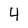
Character: 4